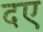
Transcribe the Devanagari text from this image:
दए